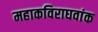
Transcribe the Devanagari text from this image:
महाकविराघवांक